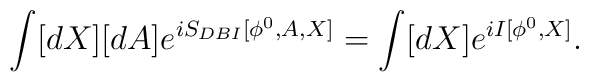
\int [dX][dA] e^{iS_{DBI}[\phi^0,A,X]}=\int [dX]e^{iI[\phi^0,X]}.